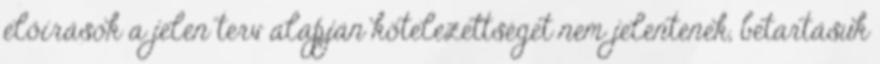
előírások a jelen terv alapján kötelezettséget nem jelentenek, betartásuk